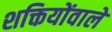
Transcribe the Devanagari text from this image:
शक्तियोंवाले